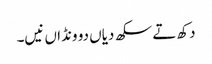
دکھ تے سکھ دیاں دو ونڈاں نیں۔